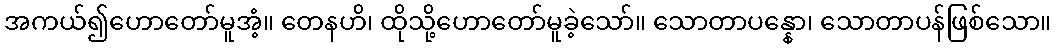
အကယ်၍ဟောတော်မူအံ့။ တေနဟိ၊ ထိုသို့ဟောတော်မူခဲ့သော်။ သောတာပန္နော၊ သောတာပန်ဖြစ်သော။